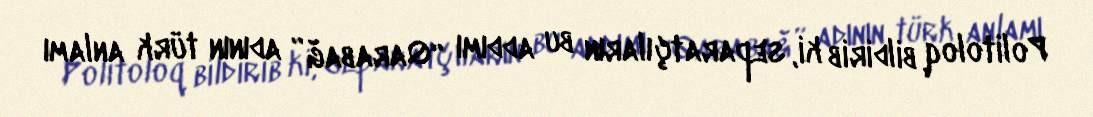
Politoloq bildirib ki, separatçıların bu addımı “Qarabağ” adının türk anlamı